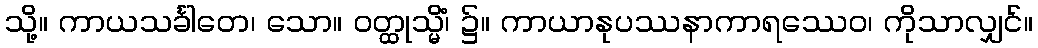
သို့။ ကာယသင်္ခါတေ၊ သော။ ဝတ္ထုသ္မိံ၊ ၌။ ကာယာနုပဿနာကာရဿေဝ၊ ကိုသာလျှင်။